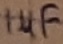
Text: 1µF